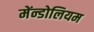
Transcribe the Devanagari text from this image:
मेंन्डोलियम